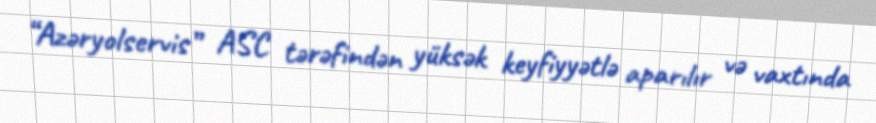
“Azəryolservis” ASC tərəfindən yüksək keyfiyyətlə aparılır və vaxtında